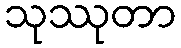
သုဿုတာ